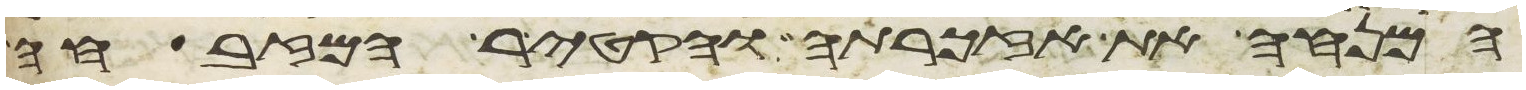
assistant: המנחה את אזכרתה והקטיר המזבחה